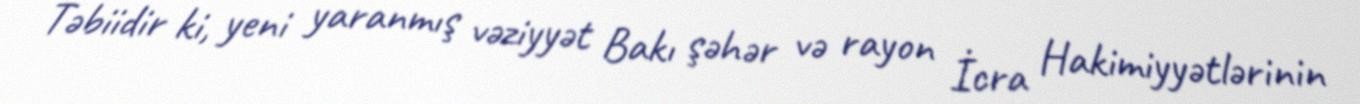
Təbiidir ki, yeni yaranmış vəziyyət Bakı şəhər və rayon İcra Hakimiyyətlərinin